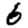
Digit: 6